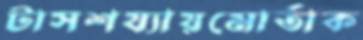
টাসশয্যায়মোর্তাক